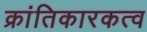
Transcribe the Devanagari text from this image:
क्रांतिकारकत्व